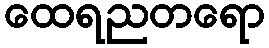
ထေရညတရော